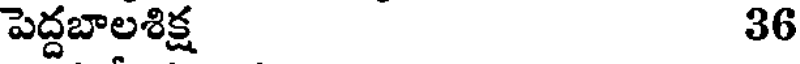
పెద్దబాలశిక్ష 36